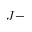
J -